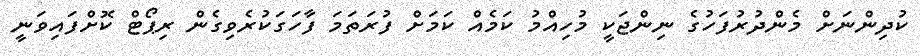
ކުދިންނަށް މެންދުރުފަހުގެ ނިންޖަކީ މުހިއްމު ކަމެއް ކަމަށް ފުރަތަމަ ފާހަގަކުރެވިގެން ރިޕޯޓް ކޮށްފައިވަނީ